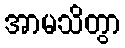
အာမသိတွာ